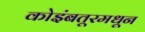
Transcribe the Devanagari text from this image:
कोइंबतूरमधून